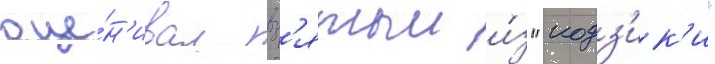
оце́н'ивал вз'ятыи и́з "кодз'ик'и"